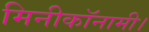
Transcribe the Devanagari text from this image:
मिनीकॉनामी।